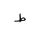
Letter: _da